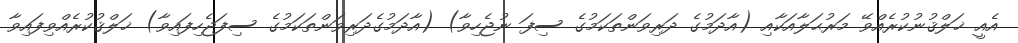
އެއީ ޚަލްޤުނުކުރެއްވޭ މަރުޙަލާއަކާއި (އާދަމުގެ ދަރިވަންތަކަމުގެ ސިފަ ނުޖެހިވާ) (އާދަމުގެދަރިވަންތަކަމުގެ ސިފަޖެހިފައިވާ) ޚަލްޤުކުރެއްވިފައިވާ